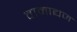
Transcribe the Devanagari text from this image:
वामाद्यज